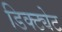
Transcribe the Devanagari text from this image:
डिक्ट्येट